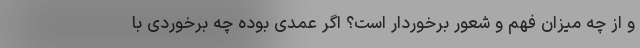
و از چه میزان فهم و شعور برخوردار است؟ اگر عمدی بوده چه برخوردی با